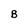
Character: B